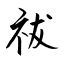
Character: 祓